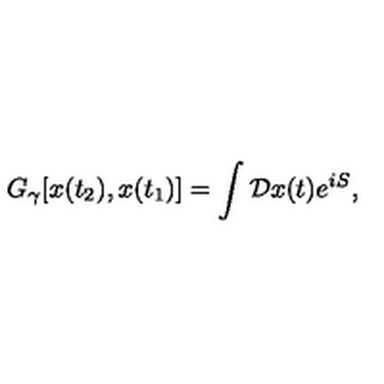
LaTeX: G _ { \gamma } [ x ( t _ { 2 } ) , x ( t _ { 1 } ) ] = \int { \cal D } x ( t ) e ^ { i S } ,